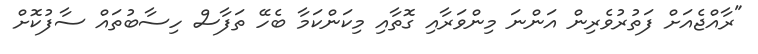
"ރާއްޖެއަށް ފަތުރުވެރިން އަންނަ މިންވަރާއި ގޮތާއި މިކަންކަމާ ބެހޭ ތަފާސް ހިސާބުތައް ސާފުކޮށް